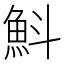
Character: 𩵬